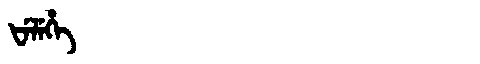
Manchu: ᡶᡝᠯᡝᡥᡝ
Romanization: FELEHE